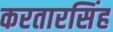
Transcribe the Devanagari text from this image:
करतारसिंह